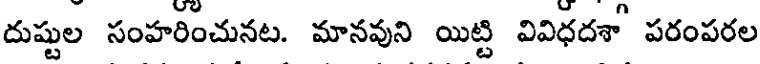
దుష్టుల సంహరించునట. మానవుని యిట్టి వివిధదశా పరంపరల